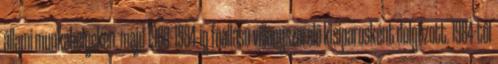
állami munkahelyeken, majd 1980–1984-ig fôállású villanyszerelô kisiparosként dolgozott. 1984-tôl